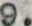
9.